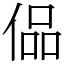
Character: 偘